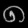
Digit: ၈